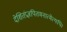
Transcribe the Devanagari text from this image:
देशितंप्रज्ञपितमनात्मेत्यपि।